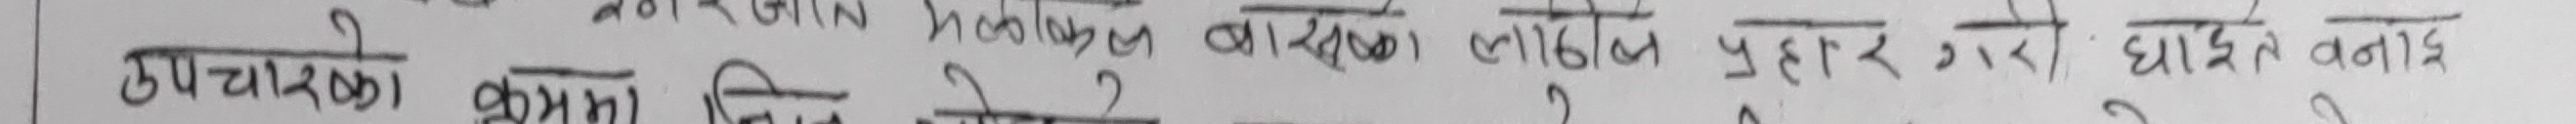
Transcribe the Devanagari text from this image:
कानूनी बाध्यात्मक सुझाव हरु जारी गर्छ।
उपचारको क्रममा कुनै कुरा वा सल्लाह